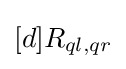
[d]{R_{ql,qr}}